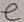
Text: e